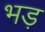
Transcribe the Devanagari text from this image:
भड़